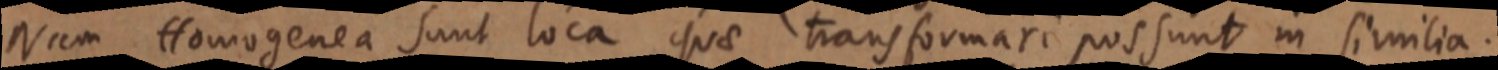
Nam Homogenea sunt loca quae transformari possunt in similia.